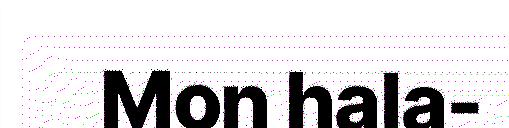
Mon hala-